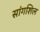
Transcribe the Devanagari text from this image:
सांगशिल